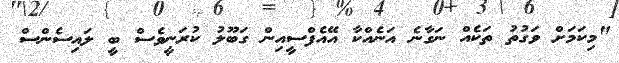
"މިކަމަށް ވަގުތު ތަކެއް ނަގާނެ އަނެއްކާ އޭއެފްސީއިން ގަބޫލު ކުރަނީވެސް ބީ ލައިސެންސް